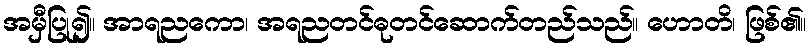
အမှီပြု၍။ အာရညကော၊ အရညတင်ဓုတင်ဆောက်တည်သည်။ ဟောတိ၊ ဖြစ်၏။